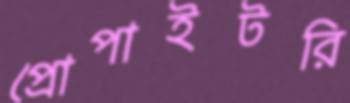
প্রোপাইটরি